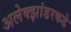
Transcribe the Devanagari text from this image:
अलेक्झांडरकडे